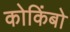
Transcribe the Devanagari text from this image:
कोकिंबो